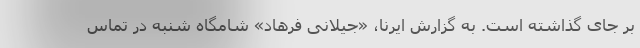
بر جای گذاشته است. به گزارش ایرنا، «جیلانی فرهاد» شامگاه شنبه در تماس